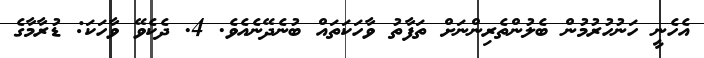
އެހެނީ ހަނުހުރުމުން ބެލުންތެރިންނަށް ތަފާތު ވާހަކަތައް ބުނެދޭނެއެވެ. 4. ދެކެވޭ ވާހަކަ: ޑުރާމާގެ